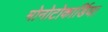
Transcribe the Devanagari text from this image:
मोनोटोकार्डिया